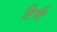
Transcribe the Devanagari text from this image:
टिमी